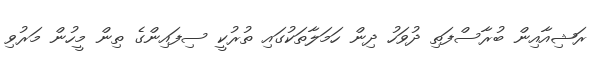
ރަޝިއާއިން ބުރާސްފަތި ދުވަހު ދިން ހަމަލާތަކުގައި ތުރުކީ ސިފައިންގެ ތިން މީހުން މަރުވި